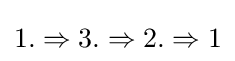
1.\Rightarrow 3.\Rightarrow 2.\Rightarrow 1